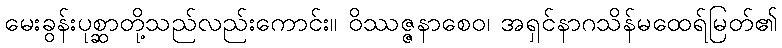
မေးခွန်းပုစ္ဆာတို့သည်လည်းကောင်း။ ဝိဿဇ္ဇနာစေဝ၊ အရှင်နာဂသိန်မထေရ်မြတ်၏